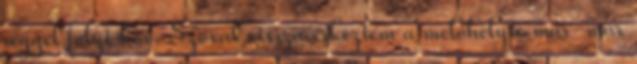
reggel folyt köv. Szóval vissza érkeztem a melóhelyre már-már